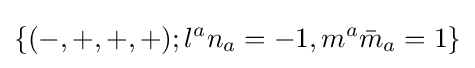
\{(-,+,+,+);l^{a}n_{a}=-1,m^{a}{\bar {m}}_{a}=1\}